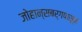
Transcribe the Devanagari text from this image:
जोहान्सबर्गपासून